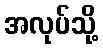
အလုပ်သို့